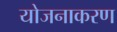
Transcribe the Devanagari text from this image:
योजनाकरण